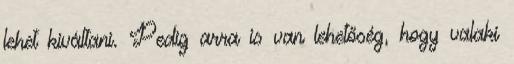
lehet kiváltani. Pedig arra is van lehetőség, hogy valaki